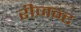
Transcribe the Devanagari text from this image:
रीजन्ट